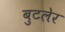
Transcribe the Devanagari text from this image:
बुटलेर